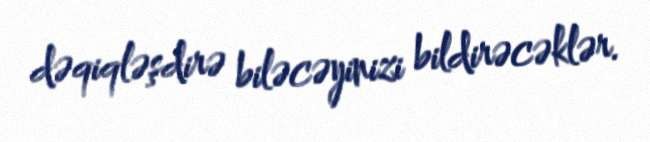
dəqiqləşdirə biləcəyinizi bildirəcəklər.